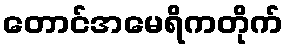
တောင်အမေရိကတိုက်